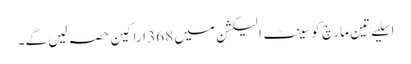
اسلیے تین مارچ کو سینٹ الیکشن میں 368 اراکین حصہ لیں گے۔